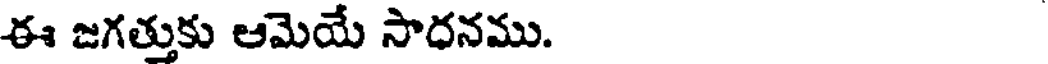
ఈ జగత్తుకు ఆమెయే సాధనము.